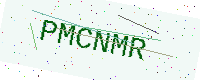
Text: PMCNMR